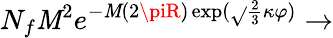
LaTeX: N_{f}\mathit{M}^{2}e^{-\mathit{M}(2\piR)\exp(\sqrt{}{{\frac{2}{3}}}\kappa\varphi)}\rightarrow